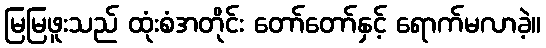
မြမြဖူးသည် ထုံးစံအတိုင်း တော်တော်နှင့် ရောက်မလာခဲ့။